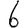
Digit: 6